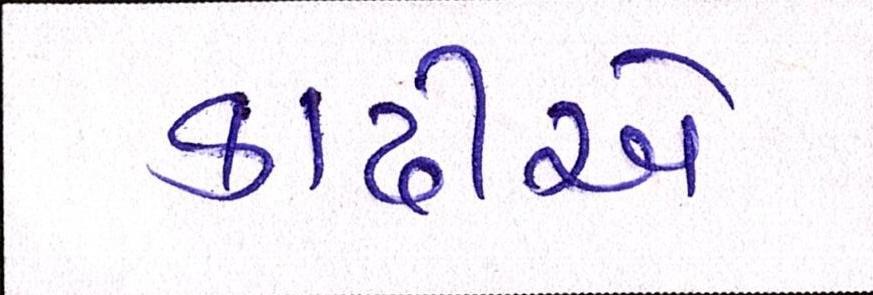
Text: કાઢીએ